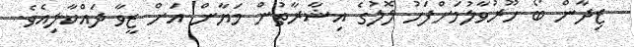
ޒިދާން ބޯ ހޫރުވާލުމަށްފަހު ލޮލުގެ އިޝާރާތުން މަޔާން އަށް ޒީވާ ދައްކާލިއެވެ.